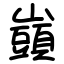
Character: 𡾣